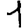
Digit: 1